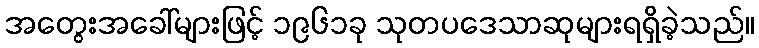
အတွေးအခေါ်များဖြင့် ၁၉၆၁ခု သုတပဒေသာဆုများရရှိခဲ့သည်။